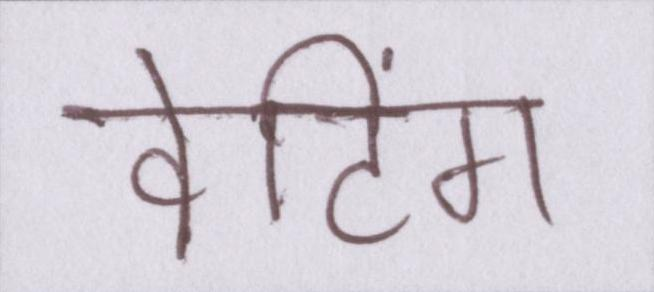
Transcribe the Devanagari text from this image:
वेटिंग